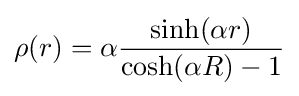
\rho (r)=\alpha {\frac {\sinh(\alpha r)}{\cosh(\alpha R)-1}}